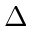
\Delta